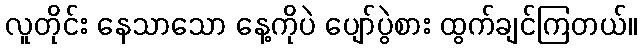
လူတိုင်း နေသာသော နေ့ကိုပဲ ပျော်ပွဲစား ထွက်ချင်ကြတယ်။